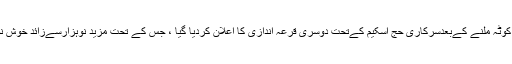
تفصیلات کے مطابق سعودی عرب سے اضافی کوٹہ ملنے کےبعدسرکاری حج اسکیم کےتحت دوسری قرعہ اندازی کا اعلان کردیا گیا ، جس کے تحت مزید نوہزارسےزائد خوش نصیب افراد حج کی سعادت حاصل کرسکیں گے۔